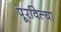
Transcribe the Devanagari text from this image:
पूरविल्या